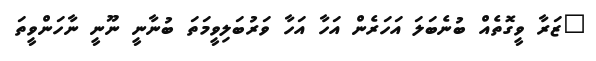
"ޒަރާ ވީގޮތެއް ބުނެބަލަ އަހަރެން އަހާ އަހާ ވަރުބަލިވީމަތަ ބުނާނީ ނޫނީ ނާހަންވީތަ